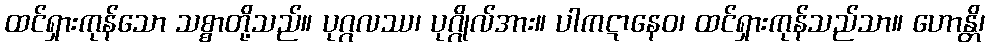
ထင်ရှားကုန်သော သစ္စာတို့သည်။ ပုဂ္ဂလဿ၊ ပုဂ္ဂိုလ်အား။ ပါကဋာနေဝ၊ ထင်ရှားကုန်သည်သာ။ ဟောန္တိ၊